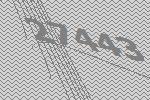
27443